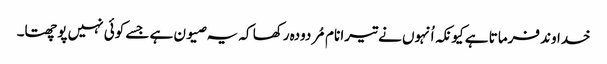
خداوند فرماتا ہے کیونکہ اُنہوں نے تیرا نام مُردودہ رکھا کہ یہ صیون ہے جسے کوئی نہیں پوچھتا۔